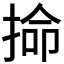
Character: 掵